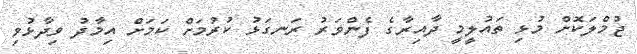
ޖުމްލަކޮށް މުޅި ތައުލީމީ ދާއިރާގެ ފެންވަރު ރަނގަޅު ކުރުމަށް ކަމަށް އިމާދު ވިދާޅުވި